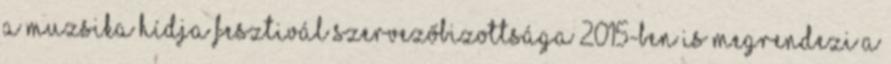
A Muzsika Hídja Fesztivál Szervezőbizottsága 2015-ben is megrendezi a